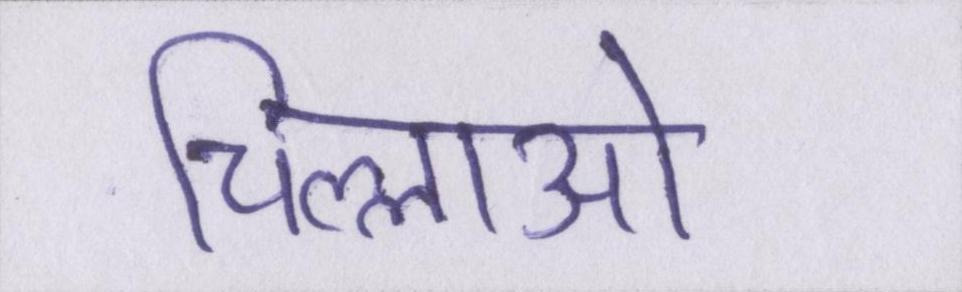
चिल्लाओ